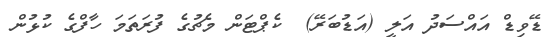
ޑޭވިޑް އައްސަދު އަލީ (އަޑުބަރޭ)  ކެޕްޓަން މެޗުގެ ފުރަތަމަ ހާފްގެ ކުޅުން